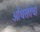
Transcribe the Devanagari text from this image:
अधिसत्तेचा